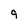
Character: 9